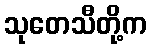
သုတေသီတို့က